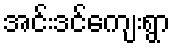
အင်းဒင်ကျေးရွာ